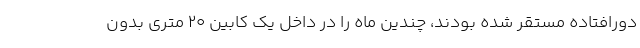
دورافتاده مستقر شده بودند، چندین ماه را در داخل یک کابین ۲۰ متری بدون